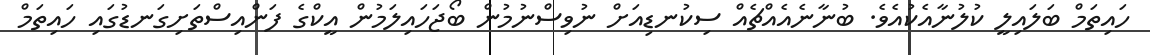
ހައިތަމް ބަލައިލީ ކުލުނާއެކުއެވެ. ބުނާނެއެއްޗެއް ސިކުނޑިއަށް ނުވިސްނުމުން ބޯޖަހައިލަމުން އީކްގެ ފަންއިސްތަށިގަނޑުގައި ހައިތަމް